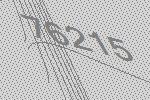
76215